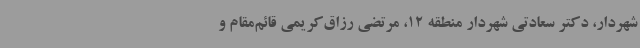
شهردار، دکتر سعادتی شهردار منطقه 12، مرتضی رزاق‌کریمی قائم‌مقام و